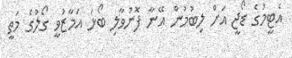
އެޓީމުގެ ޑޯޖީ އަށް ލިބުމުން އޭނާ ފޮނުވާލި ބޯޅަ އަމާޒުވީ ގޯލުގެ މަތީ